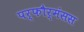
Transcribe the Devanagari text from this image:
पर्फौर्मंसस